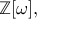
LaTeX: \mathbb { Z } [ \omega ] ,